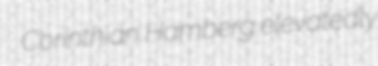
Corinthian Hamberg elevatedly